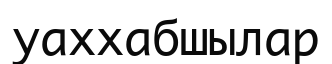
уаххабшылар